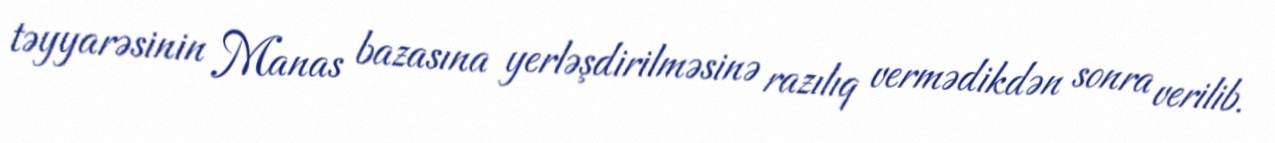
təyyarəsinin Manas bazasına yerləşdirilməsinə razılıq vermədikdən sonra verilib.